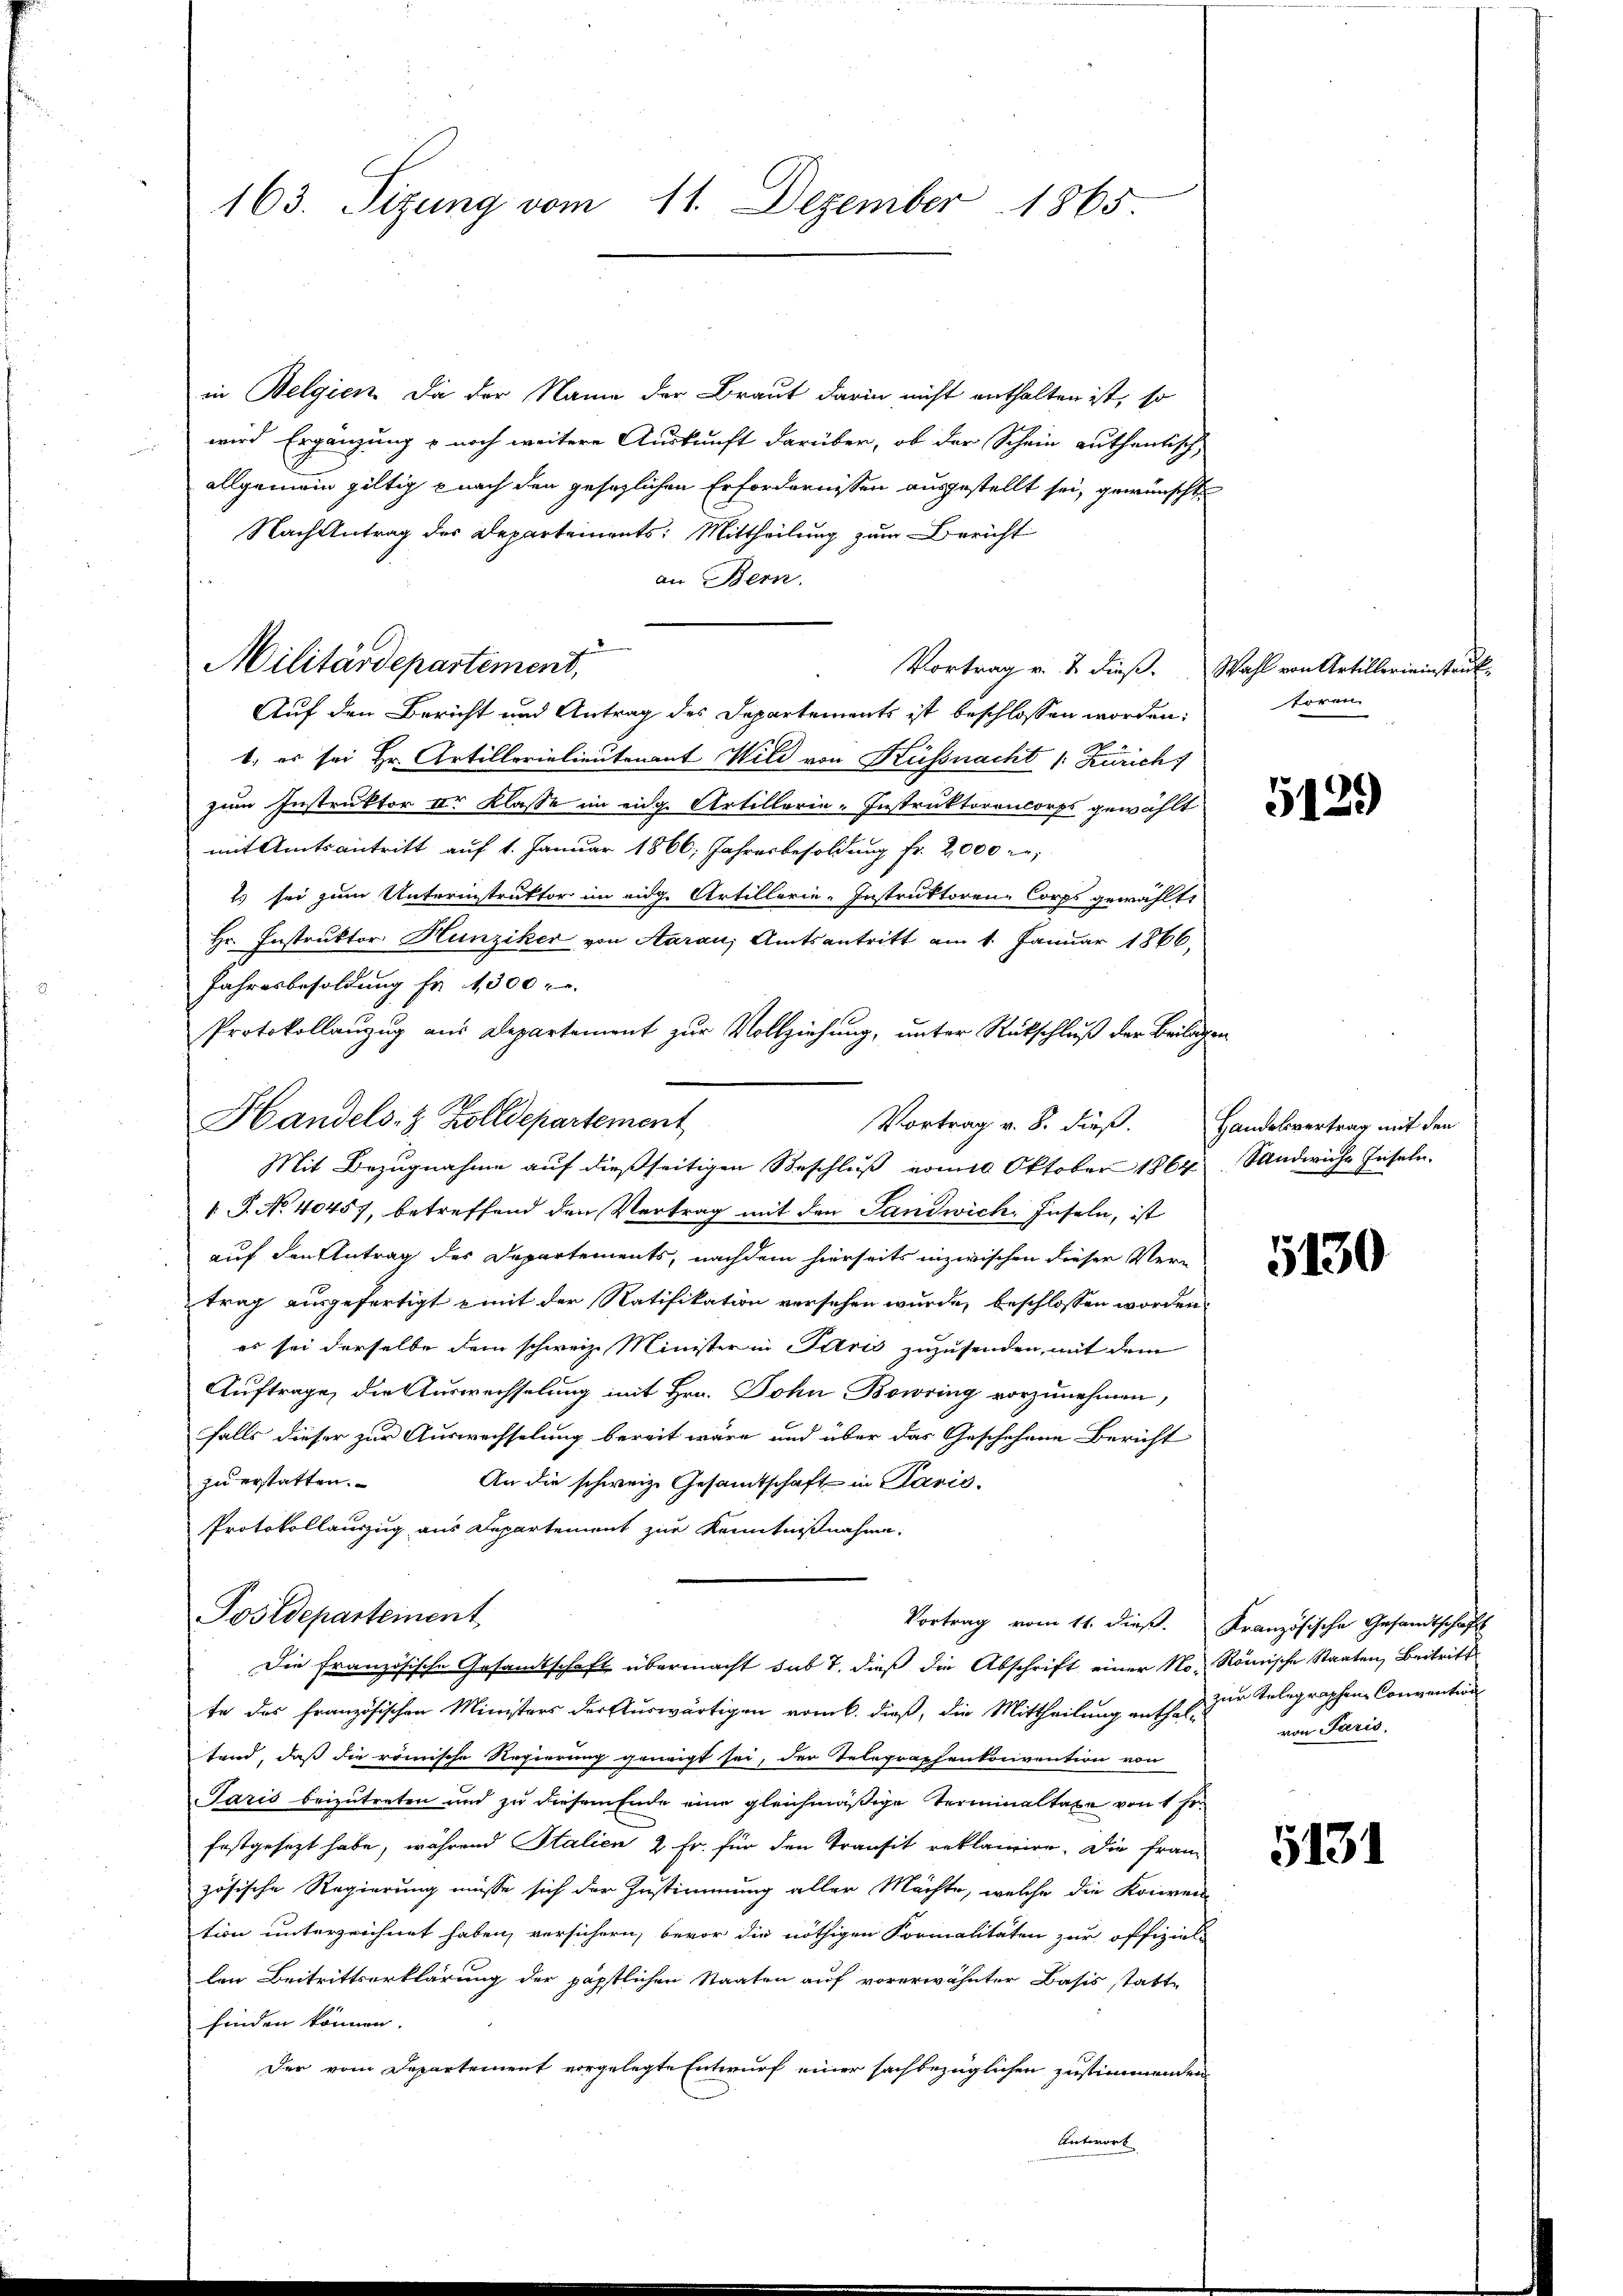
163. Sizung vom 11. Dezember 1865.

in Belgien, da der Name der Braut darin nicht enthalten ist, so
wird Ergänzung & noch weitere Auskunft darüber, ob der Schein authentisch
allgemein giltig nach den gesetzlichen Erfordernissen ausgestellt sei, gewünscht,
Nach Antrag des Departements: Mittheilung zum Bericht
an Bern.
Vortrag v. 2. dieß. Wahl von Artillerieinstruk
Auf den Bericht und Antrag des Departements ist beschlossen worden:
1. es sei Hr. Artillerielieutenant Wild von Küssnacht /: Zürich)
zum Instruktor vor Klasse im eidge Artillerie-Instruktorencorps gewählt
mit Amtsantritt auf 1. Januar 1866, Jahresbesoldung fr. 2000 er,
2) sei zum Unterinstruktor im eidg. Artillerie-Instruktoren-Corps gewählte
Hr. Instruktor Hunziker von Aarau, Amtsantritt am 1. Januar 1866,
Jahresbesoldung fr 1300
Protokollanzug aus Departement zur Vollziehung, unter Rückschluß der Beilagen

Militärdepartement,

P. No 40457, betreffend den Vertrag mit den Landwich, Inseln, ist
auf den Antrag des Departements, nachdem hierseits inzwischen dieser Vertrag ausgefertigt mit der Ratifikation versehen wurde, beschlossen worden.
es sei derselbe dem schweiz. Minister in Paris zuzusenden, mit dem
Auftrage, die Auswechselung mit Hrn. John Bowring vorzunehmen,
falls dieser zur Auswechselung bereit wäre und über das Geschehene Bericht
zu erstatten.
An die schweiz. Gesammtschaft in Paris
Protokollauszug aus Departement zur Kenntnißnahme.
Vortrag vom 11. dieß. Kranzösische Gesandtschaft
Die französische Gesandtschaft übermacht sub 7. dieß die Abschrift einer No. Römische Staaten, Beitritt
te das französischen Ministers der Auswärtigen vom 6. dieß, die Mittheilung enthal zur Telegraphen Convention
tand, daß die römische Regierung geneigt sei, der Telegraphenkonvention von
Paris beizutreten und zu diesem Ende eine gleichmäßige Terminaltaxe von 1 Fr.
festgesezt habe, während Stalien 2 Fr. für den Transit reklamire. Die Franz
zösische Regierung müsse sich der Zustimmung aller Mächte, welche die Konven-
tion unterzeichnet haben, versichern, bevor die nöthigen Formalitäten zur offiziel
len Beitrittserklärung der päpstlichen Staaten auf vorerwähnter Basis statte
finden können.
Der vom Departement vorgelegte Entwurf einer sachbezüglichen zustimmenden
Antwort

Handels- & Zolldepartement
Vortrag v. 8. dieß.
Mit Bezugnahme auf dießseitigen Beschluß vom 10 Oktober 1864, Sandwiche Inseln.

Postdeparteinent

toren

5129

Handelsvertrag mit den

5130

von Paris.

5131